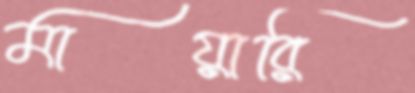
মায়ারি